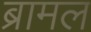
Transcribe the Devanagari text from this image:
ब्रामल